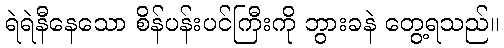
ရဲရဲနီနေသော စိန်ပန်းပင်ကြီးကို ဘွားခနဲ တွေ့ရသည်။